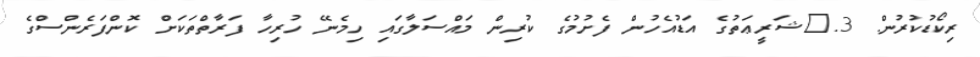
ރިކޯޑުކުރުން. 3.	ޝަރީޢަތުގެ އަޑުއެހުން ފެށުމުގެ ކުރިން މައްސަލާގައި ހިމެނޭ ހުރިހާ ފަރާތްތަކަށް ކޮންފަރެންސްގެ